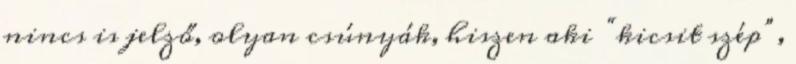
nincs is jelző, olyan csúnyák, hiszen aki “kicsit szép”,